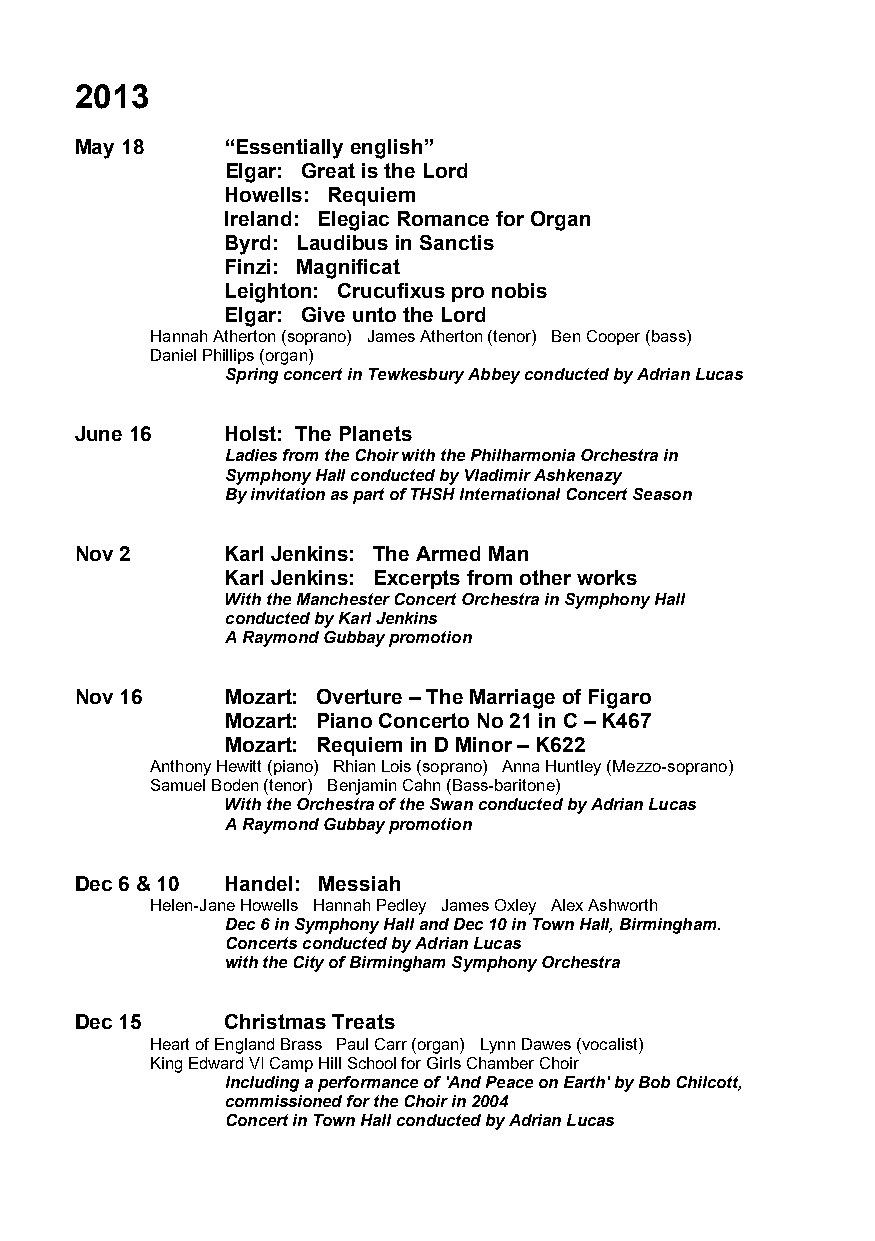
2013
 May 18    “Essentially english”
 Elgar: Great is the Lord
 Howells: Requiem
 Ireland: Elegiac Romance for Organ
 Byrd: Laudibus in Sanctis
 Finzi: Magnificat
 Leighton: Crucufixus pro nobis
 Elgar: Give unto the Lord
 Hannah Atherton (soprano) James Atherton (tenor) Ben Cooper (bass)
 Daniel Phillips (organ)
 Spring concert in Tewkesbury Abbey conducted by Adrian Lucas
 June 16   Holst: The Planets
 Ladies from the Choir with the Philharmonia Orchestra in
 Symphony Hall conducted by Vladimir Ashkenazy
 By invitation as part of THSH International Concert Season
 Nov 2     Karl Jenkins: The Armed Man
 Karl Jenkins: Excerpts from other works
 With the Manchester Concert Orchestra in Symphony Hall
 conducted by Karl Jenkins
 A Raymond Gubbay promotion
 Nov 16    Mozart: Overture – The Marriage of Figaro
 Mozart: Piano Concerto No 21 in C – K467
 Mozart: Requiem in D Minor – K622
 Anthony Hewitt (piano) Rhian Lois (soprano) Anna Huntley (Mezzo-soprano)
 Samuel Boden (tenor) Benjamin Cahn (Bass-baritone)
 With the Orchestra of the Swan conducted by Adrian Lucas
 A Raymond Gubbay promotion
 Dec 6 & 10 Handel: Messiah
 Helen-Jane Howells Hannah Pedley James Oxley Alex Ashworth
 Dec 6 in Symphony Hall and Dec 10 in Town Hall, Birmingham.
 Concerts conducted by Adrian Lucas
 with the City of Birmingham Symphony Orchestra
 Dec 15    Christmas Treats
 Heart of England Brass Paul Carr (organ) Lynn Dawes (vocalist)
 King Edward VI Camp Hill School for Girls Chamber Choir
 Including a performance of 'And Peace on Earth' by Bob Chilcott,
 commissioned for the Choir in 2004
 Concert in Town Hall conducted by Adrian Lucas